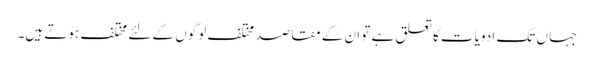
جہاں تک ادویات کا تعلق ہے تو ان کے مقاصد مختلف لوگوں کے لئے مختلف ہوتے ہیں۔